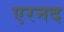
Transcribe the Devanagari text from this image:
एरनद